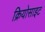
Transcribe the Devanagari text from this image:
क्रियोसाइट